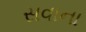
સવાના